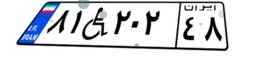
۸۱W۲۰۲۴۸